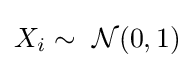
X_{i}\sim \ {\mathcal {N}}(0,1)